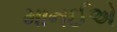
માનઈએ